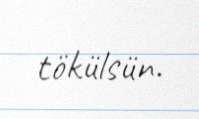
tökülsün.